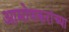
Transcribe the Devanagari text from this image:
आमोणकरांच्या